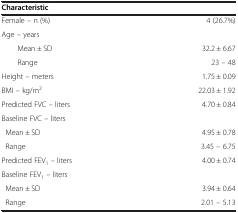
<table><thead><tr><td colspan="2"><b>Characteristic</b></td></tr></thead><tbody><tr><td>Female – n (%)</td><td>4 (26.7%)</td></tr><tr><td>Age – years</td><td> </td></tr><tr><td>Mean ± SD</td><td>32.2 ± 6.67</td></tr><tr><td>Range</td><td>23 – 48</td></tr><tr><td>Height – meters</td><td>1.75 ± 0.09</td></tr><tr><td>BMI – kg/m<sup>2</sup></td><td>22.03 ± 1.92</td></tr><tr><td>Predicted FVC – liters</td><td>4.70 ± 0.84</td></tr><tr><td>Baseline FVC – liters</td><td> </td></tr><tr><td> Mean ± SD</td><td>4.95 ± 0.78</td></tr><tr><td> Range</td><td>3.45 – 6.75</td></tr><tr><td>Predicted FEV<sub>1</sub> – liters</td><td>4.00 ± 0.74</td></tr><tr><td>Baseline FEV<sub>1</sub> – liters</td><td> </td></tr><tr><td> Mean ± SD</td><td>3.94 ± 0.64</td></tr><tr><td> Range</td><td>2.01 – 5.13</td></tr></tbody></table>